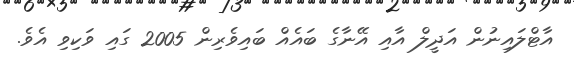
އާޓްލައިނުން އަދީލް އާއި އޭނާގެ ބައެއް ބައިވެރިން 2005 ގައި ވަކިވި އެވެ.